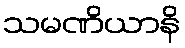
သမဏိယာနိ